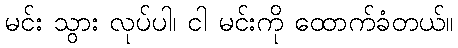
မင်း သွား လုပ်ပါ၊ ငါ မင်းကို ထောက်ခံတယ်။